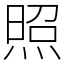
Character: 照